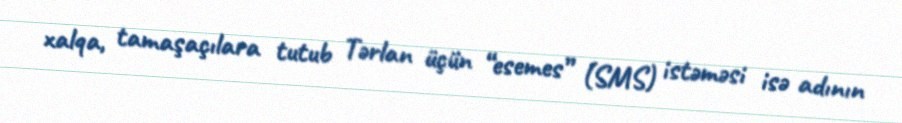
xalqa, tamaşaçılara tutub Tərlan üçün “esemes” (SMS) istəməsi isə adının